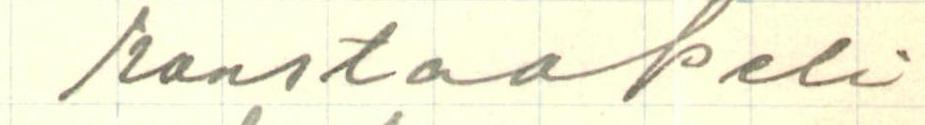
konstaapeli